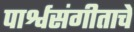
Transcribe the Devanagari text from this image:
पार्श्वसंगीताचे